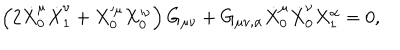
\left( 2 \dot { X } _ { 0 } ^ { \mu } \dot { X } _ { 1 } ^ { \nu } + X _ { 0 } ^ { \mu } X _ { 0 } ^ { \nu } \right) G _ { \mu \nu } + G _ { \mu \nu , \alpha } \dot { X } _ { 0 } ^ { \mu } \dot { X } _ { 0 } ^ { \nu } X _ { 1 } ^ { \alpha } = 0 ,